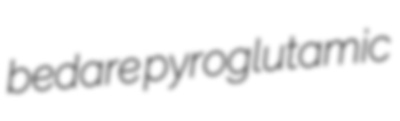
bedare pyroglutamic